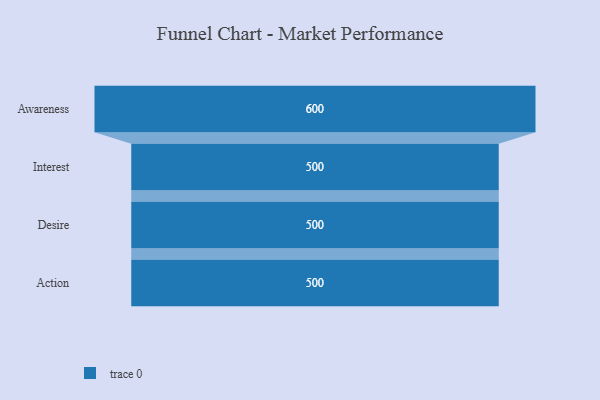
{"axis": {"x": "Stage", "y": "Value"}, "legend": [""], "data": [{"x": "Awareness", "y": 600.0, "type": ""}, {"x": "Interest", "y": 500, "type": ""}, {"x": "Desire", "y": 500, "type": ""}, {"x": "Action", "y": 500, "type": ""}]}